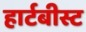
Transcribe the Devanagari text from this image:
हार्टबीस्ट